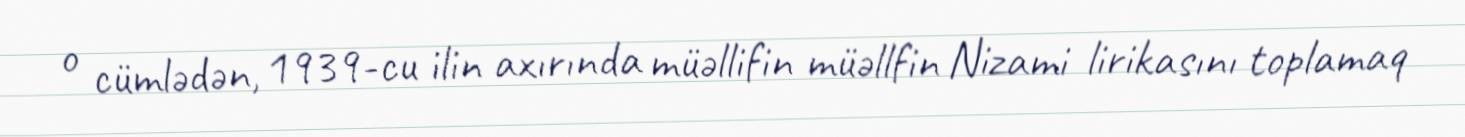
o cümlədən, 1939-cu ilin axırında müəllifin müəllfin Nizami lirikasını toplamaq